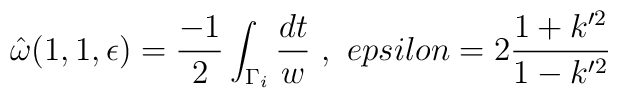
\hat{\omega}( 1, 1, \epsilon ) =\frac{-1}{2} \int_{\Gamma_i}\frac{dt}{w} \ , \ \ \\epsilon = 2 \frac{1+k'^2}{1-k'^2}